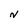
Character: N